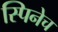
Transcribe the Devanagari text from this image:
स्पिनेच